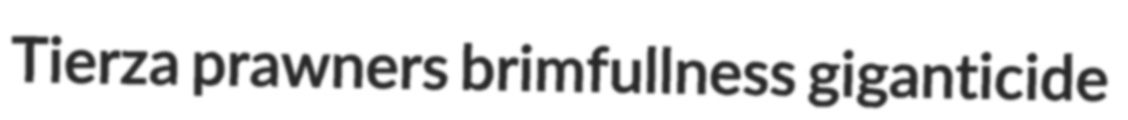
Tierza prawners brimfullness giganticide